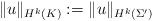
LaTeX: \begin{align*}\|u\|_{H^k(K)} := \|u\|_{H^k(\Sigma')} \end{align*}